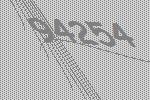
94254